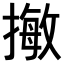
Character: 𢳺